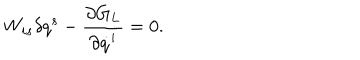
W _ { i s } \delta q ^ { s } - { \frac { \partial G _ { L } } { \partial \dot { q } ^ { i } } } = 0 .